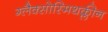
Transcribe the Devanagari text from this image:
ग्लैक्सोस्मिथक्लीन